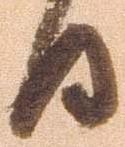
日